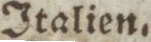
Italien.